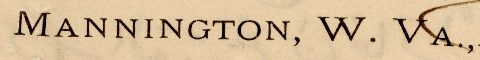
MANNINGTON, W. VA.,